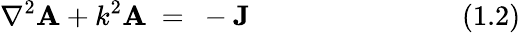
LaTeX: \nabla^{2}\mathbf{A}+k^{2}\mathbf{A}~=~-\mathbf{J}~~~~~~~~~~~~~~~~~~~~~~~~~~~~~~(1.2)